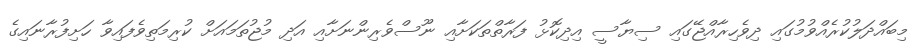
މިބައްދަލުކުރެއްވުމުގައި ދިވެހިރާއްޖޭގައި ސިޔާސީ އިދިކޮޅު ފަރާތްތަކަށާއި ނޫސްވެރިންނަށާއި އަދި މުޖުތަމައަށް ކުރިމަތިވެފައިވާ ހަށިފުރާނައިގެ